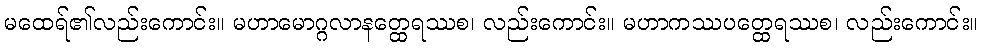
မထေရ်၏လည်းကောင်း။ မဟာမောဂ္ဂလာနတ္ထေရဿစ၊ လည်းကောင်း။ မဟာကဿပတ္ထေရဿစ၊ လည်းကောင်း။